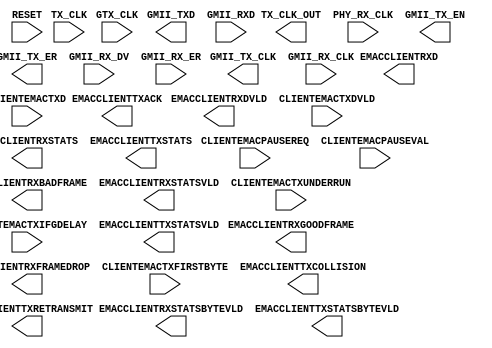
// Ethernet_v6.v -
//  Contains
//     i)   block-level-wrapper
//     ii)  EMAC wrapper
//     iii) GMII code


//-----------------------------------------------------------------------------
// Title      : Block-level Virtex-6 Embedded Tri-Mode Ethernet MAC Wrapper
// Project    : Virtex-6 Embedded Tri-Mode Ethernet MAC Wrapper
// Version    : 1.3
//-----------------------------------------------------------------------------
// Description:  This is the block-level wrapper for the Virtex-6 Embedded
//               Tri-Mode Ethernet MAC. It is intended that this example design
//               can be quickly adapted and downloaded onto an FPGA to provide
//               a hardware test environment.
//
//               The block-level wrapper:
//
//               * instantiates appropriate PHY interface modules (GMII, MII,
//                 RGMII, SGMII or 1000BASE-X) as required per the user
//                 configuration;
//
//               * instantiates some clocking and reset resources to operate
//                 the EMAC and its example design.
//
//               Please refer to the Datasheet, Getting Started Guide, and
//               the Virtex-6 Embedded Tri-Mode Ethernet MAC User Gude for
//               further information.
//-----------------------------------------------------------------------------

`timescale 1 ps / 1 ps

//-----------------------------------------------------------------------------
// Module declaration for the block-level wrapper
//-----------------------------------------------------------------------------

(* box_type="user_black_box" *)
module v6_emac_v1_3_block
(

    // TX clock output
    TX_CLK_OUT,
    // TX clock input from BUFG
    TX_CLK,

    // Client receiver interface
    EMACCLIENTRXD,
    EMACCLIENTRXDVLD,
    EMACCLIENTRXGOODFRAME,
    EMACCLIENTRXBADFRAME,
    EMACCLIENTRXFRAMEDROP,
    EMACCLIENTRXSTATS,
    EMACCLIENTRXSTATSVLD,
    EMACCLIENTRXSTATSBYTEVLD,

    // Client transmitter interface
    CLIENTEMACTXD,
    CLIENTEMACTXDVLD,
    EMACCLIENTTXACK,
    CLIENTEMACTXFIRSTBYTE,
    CLIENTEMACTXUNDERRUN,
    EMACCLIENTTXCOLLISION,
    EMACCLIENTTXRETRANSMIT,
    CLIENTEMACTXIFGDELAY,
    EMACCLIENTTXSTATS,
    EMACCLIENTTXSTATSVLD,
    EMACCLIENTTXSTATSBYTEVLD,

    // MAC control interface
    CLIENTEMACPAUSEREQ,
    CLIENTEMACPAUSEVAL,

    // Receive-side PHY clock on regional buffer, to EMAC
    PHY_RX_CLK,

    // Clock signal
    GTX_CLK,

    // GMII interface
    GMII_TXD,
    GMII_TX_EN,
    GMII_TX_ER,
    GMII_TX_CLK,
    GMII_RXD,
    GMII_RX_DV,
    GMII_RX_ER,
    GMII_RX_CLK,

    // Asynchronous reset
    RESET
);


//-----------------------------------------------------------------------------
// Port declarations
//-----------------------------------------------------------------------------

    // TX clock output
    output          TX_CLK_OUT;
    // TX clock input from BUFG
    input           TX_CLK;

    // Client receiver interface
    output   [7:0]  EMACCLIENTRXD;
    output          EMACCLIENTRXDVLD;
    output          EMACCLIENTRXGOODFRAME;
    output          EMACCLIENTRXBADFRAME;
    output          EMACCLIENTRXFRAMEDROP;
    output   [6:0]  EMACCLIENTRXSTATS;
    output          EMACCLIENTRXSTATSVLD;
    output          EMACCLIENTRXSTATSBYTEVLD;

    // Client transmitter interface
    input    [7:0]  CLIENTEMACTXD;
    input           CLIENTEMACTXDVLD;
    output          EMACCLIENTTXACK;
    input           CLIENTEMACTXFIRSTBYTE;
    input           CLIENTEMACTXUNDERRUN;
    output          EMACCLIENTTXCOLLISION;
    output          EMACCLIENTTXRETRANSMIT;
    input    [7:0]  CLIENTEMACTXIFGDELAY;
    output          EMACCLIENTTXSTATS;
    output          EMACCLIENTTXSTATSVLD;
    output          EMACCLIENTTXSTATSBYTEVLD;

    // MAC control interface
    input           CLIENTEMACPAUSEREQ;
    input   [15:0]  CLIENTEMACPAUSEVAL;

    // Receive-side PHY clock on regional buffer, to EMAC
    input           PHY_RX_CLK;

    // Clock signal
    input           GTX_CLK;

    // GMII interface
    output   [7:0]  GMII_TXD;
    output          GMII_TX_EN;
    output          GMII_TX_ER;
    output          GMII_TX_CLK;
    input    [7:0]  GMII_RXD;
    input           GMII_RX_DV;
    input           GMII_RX_ER;
    input           GMII_RX_CLK;

    // Asynchronous reset
    input           RESET;

endmodule